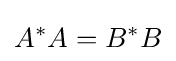
A^{*}A=B^{*}B